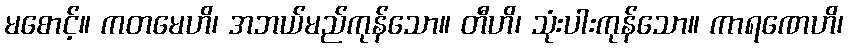
မစောင့်။ ကတမေဟိ၊ အဘယ်မည်ကုန်သော။ တီဟိ၊ သုံးပါးကုန်သော။ ကာရဏေဟိ၊